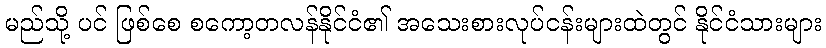
မည်သို့ ပင် ဖြစ်စေ စကော့တလန်နိုင်ငံ၏ အသေးစားလုပ်ငန်းများထဲတွင် နိုင်ငံသားများ